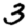
Digit: 3